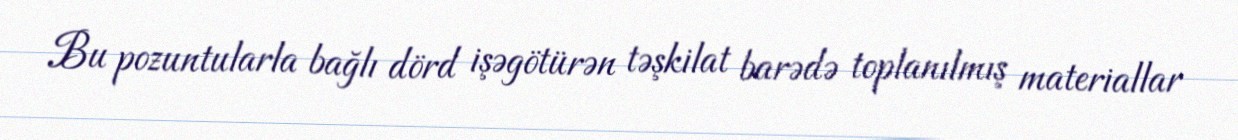
Bu pozuntularla bağlı dörd işəgötürən təşkilat barədə toplanılmış materiallar